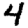
Digit: 4